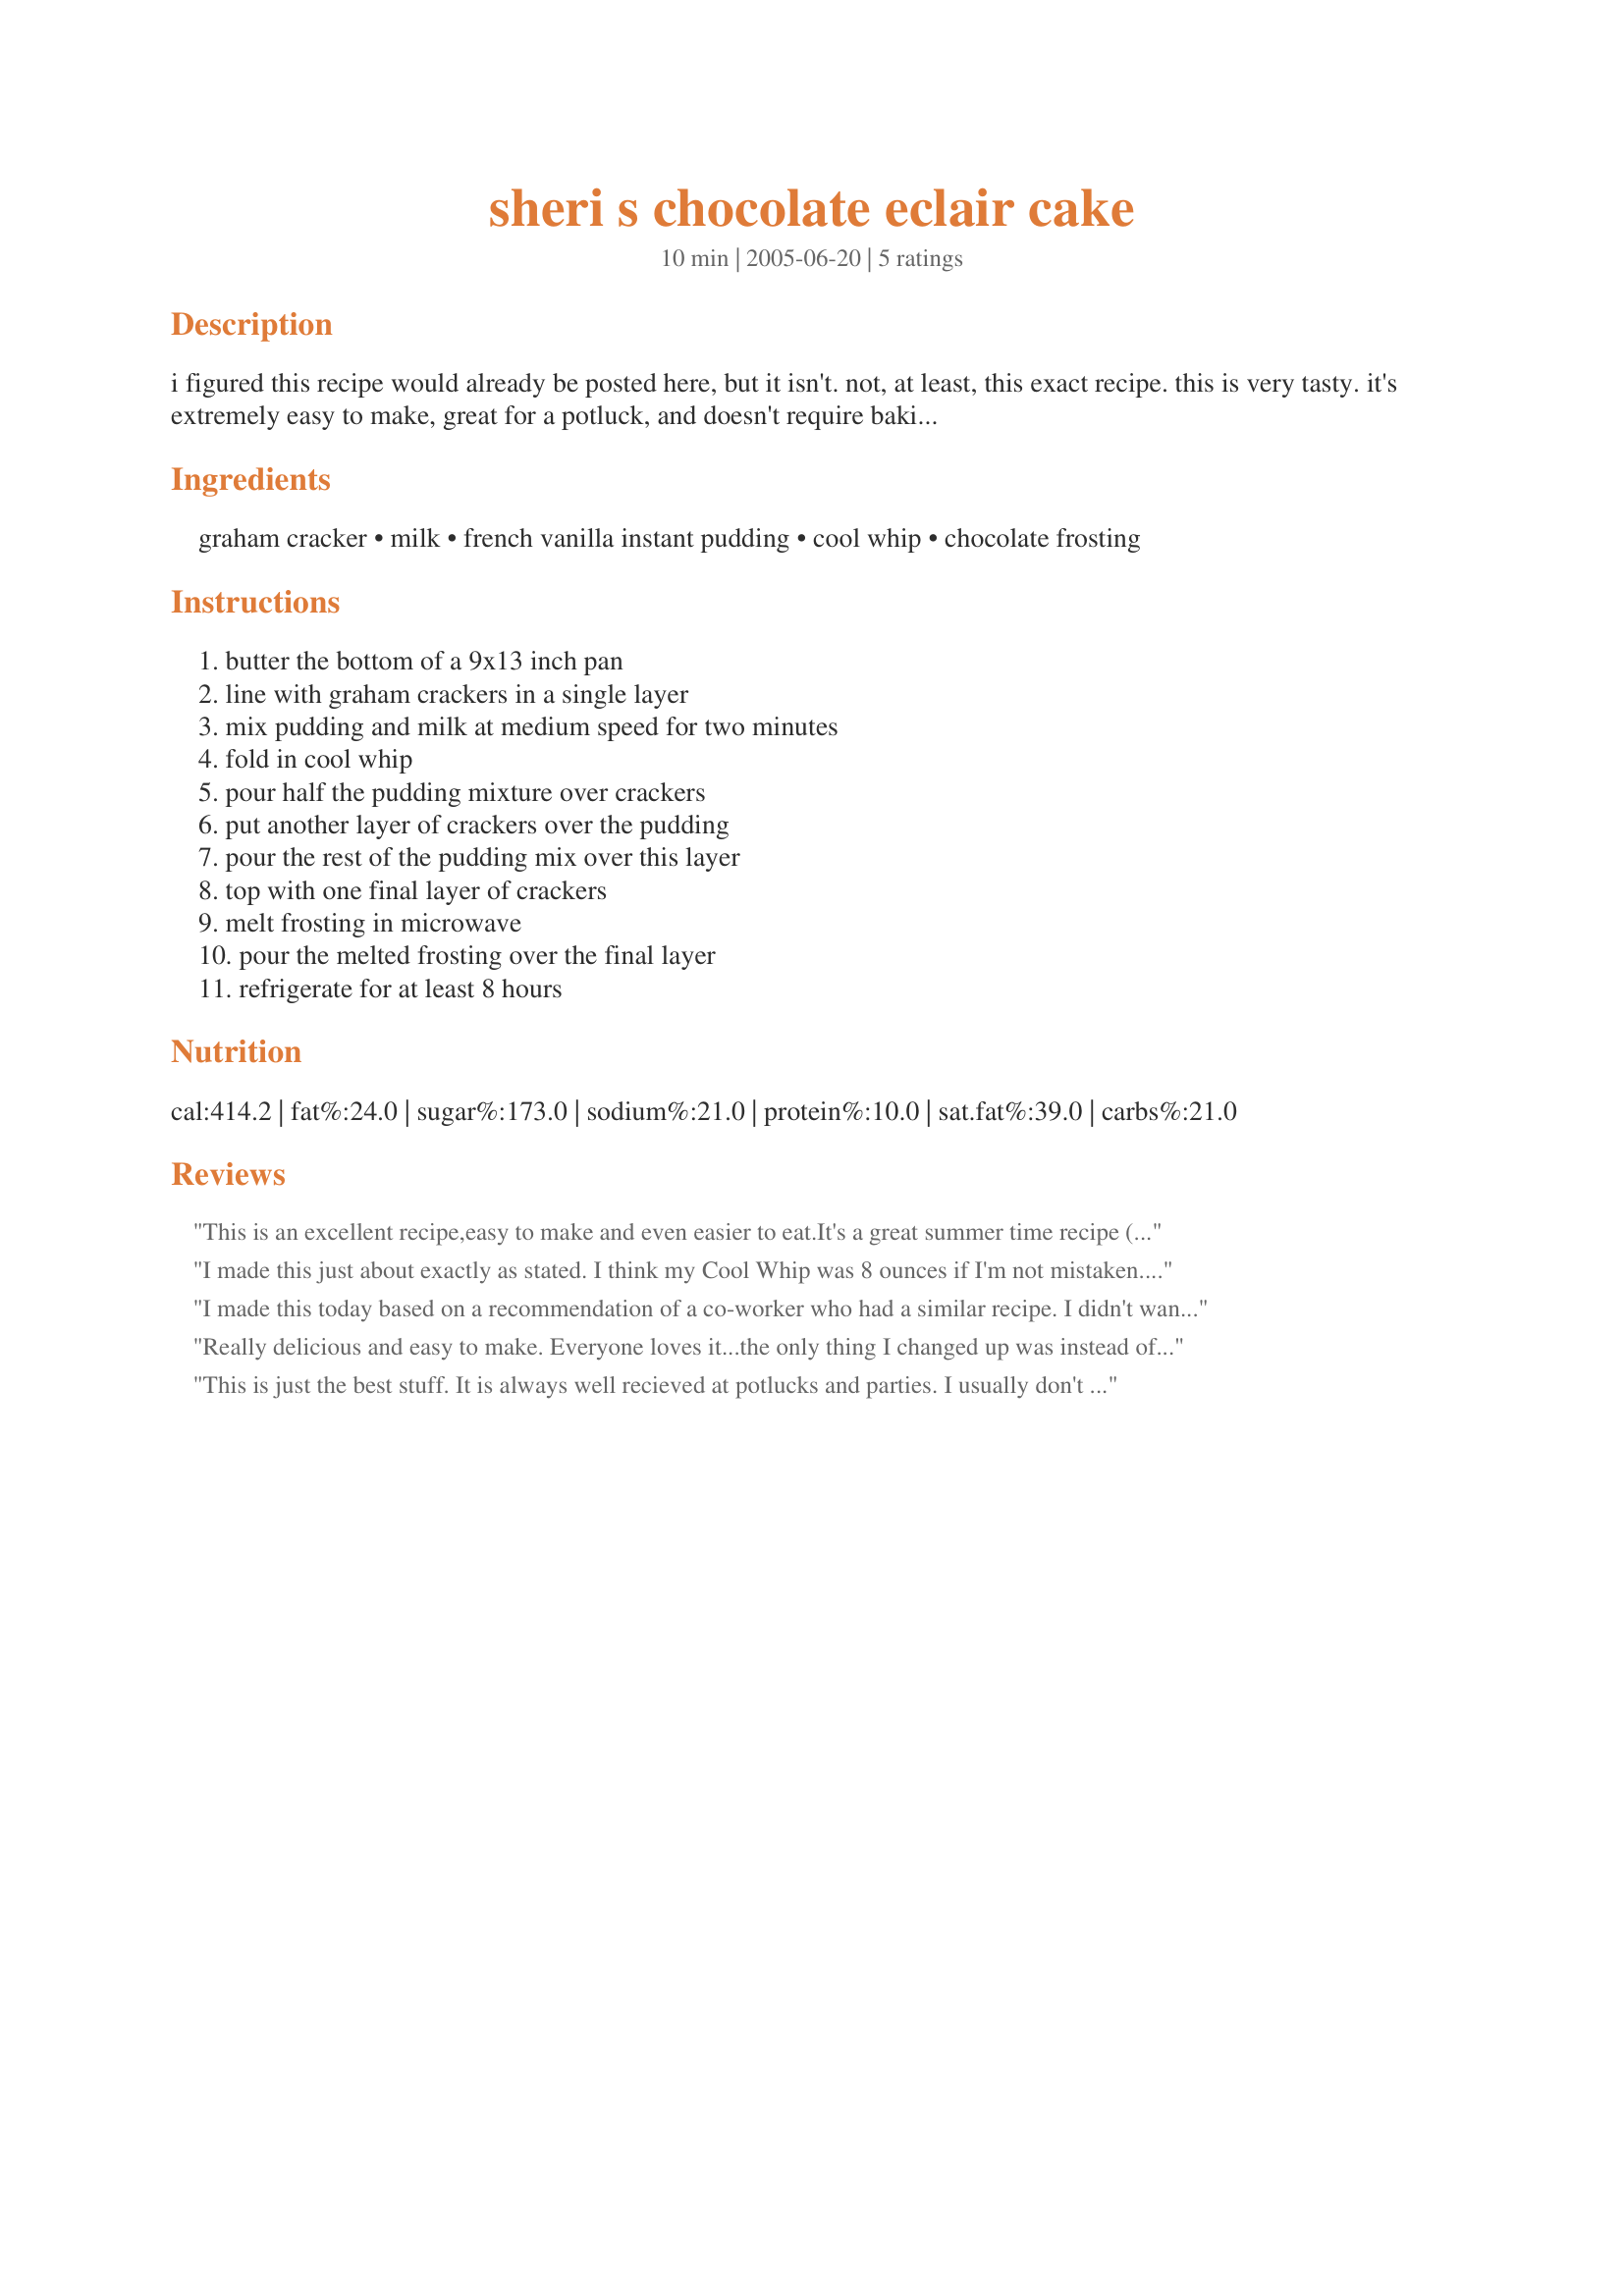
sheri s chocolate eclair cake
Preparation time: 10 minutes

i figured this recipe would already be posted here, but it isn't. not, at least, this exact recipe. this is very tasty. it's extremely easy to make, great for a potluck, and doesn't require baking. plus, i usually have a surplus of graham crackers around (i have a one year old boy). hope you enjoy!

Ingredients:
graham cracker, milk, french vanilla instant pudding, cool whip, chocolate frosting

Steps:
butter the bottom of a 9x13 inch pan, line with graham crackers in a single layer, mix pudding and milk at medium speed for two minutes, fold in cool whip, pour half the pudding mixture over crackers, put another layer of crackers over the pudding, pour the rest of the pudding mix over this layer, top with one final layer of crackers, melt frosting in microwave, pour the melted frosting over the final layer, refrigerate for at least 8 hours

Reviews:
This is an excellent recipe,easy to make and even easier to eat.It's a great summer time recipe ( no bake ) I made it for our sunday family dinner and everyone just love it,what's not to love? Thanks for sharing
I made this just about exactly as stated. I think my Cool Whip was 8 ounces if I'm not mistaken. My family and I loved it!! The only thing I think I would do differently would be to use homemade frosting. We felt like the canned stuff was kind of gummy after being refrigerated. Great recipe and will fix it again in the near future!
I made this today based on a recommendation of a co-worker who had a similar recipe. I didn't want to make any chocolate frosting so I used this recipe and using a plastic tub of chocolate fudge icing melted in the microwave. This is delicious! My husband was very impressed (which makes me very happy). Next time, he wants me to try it with banana cream pudding. Yum!
Really delicious and easy to make. Everyone loves it...the only thing I changed up was instead of frosting..I used Hot Fudge Sauce! The GOOD stuff that is thick to where you have to use a spoon to dig it out of the jar, Hershey's or Sanders hot fudge. Microwave it in a bowl at intervals of 30 seconds until it's softened enough to pour over the top of &eacute;clair batter in the 9x13 pan and spread easily. This sets up beautifully and is meant to go with this luscious dessert. (I gave yours a 4 only because I changed up the frosting and used Hot Fudge.) I may add 4 ounces or so of softened cream cheese to the pudding next time..only to thicken it a little more. Yum!
This is just the best stuff. It is always well recieved at potlucks and parties. I usually don't butter the pan and have not had any trouble getting it out. I have also found that if you just can't wait it is edible but a bit crunchy after 4 hours.
